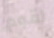
اقوم